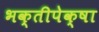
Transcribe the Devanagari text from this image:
भक्तीपेक्षा